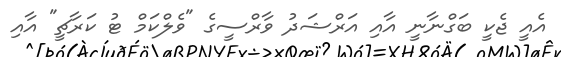
އެއީ ޖެކީ ބަގްނާނީ އާއި އަރްޝަދު ވާރްސީގެ "ވެލްކަމް ޓު ކަރާޗީ" އާއި